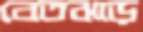
বেতঝাড়